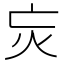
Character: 𭴆